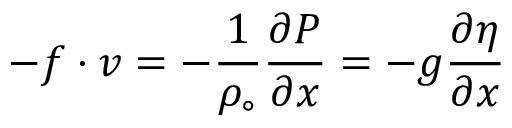
- f \cdot v = - \frac { 1 } { \rho _ { \circ } } \frac { \partial P } { \partial x } = - g \frac { \partial \eta } { \partial x }